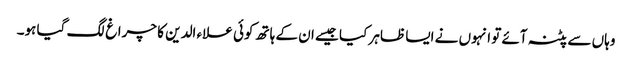
وہاں سے پٹنہ آئے تو انہوں نے ایسا ظاہر کیا جیسے ان کے ہاتھ کوئی علاء الدین کا چراغ لگ گیا ہو۔